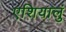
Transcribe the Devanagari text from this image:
एशियालुं